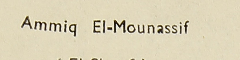
Ammiq El-Mounassif